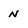
Character: n